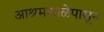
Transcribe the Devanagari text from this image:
आश्रमशाळेपासून